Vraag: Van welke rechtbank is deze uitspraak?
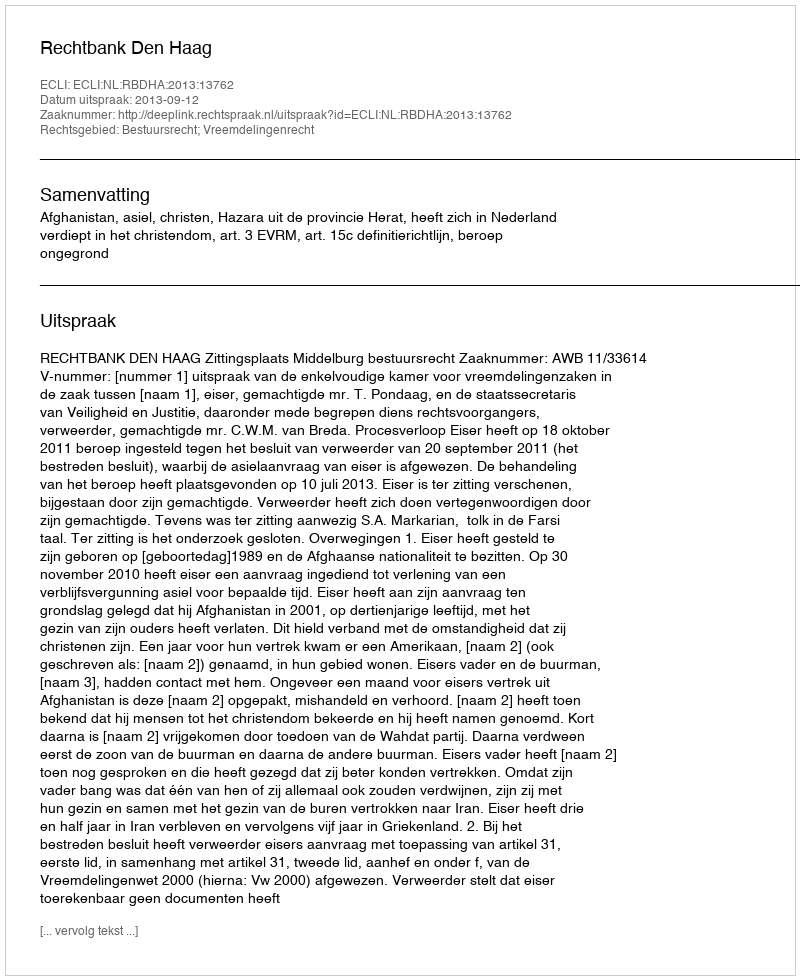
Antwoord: Rechtbank Den Haag